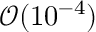
\mathcal { O } ( 1 0 ^ { - 4 } )